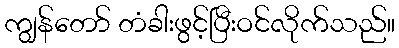
ကျွန်တော် တံခါးဖွင့်ပြီးဝင်လိုက်သည်။